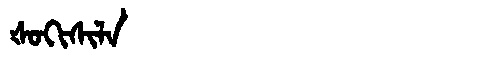
Manchu: ᡧᠣᡴᡳᠰᡳᠯᠠ
Romanization: ŠOKISILA